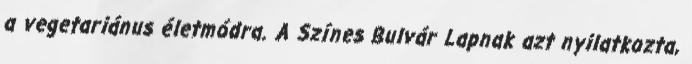
a vegetariánus életmódra. A Színes Bulvár Lapnak azt nyilatkozta,